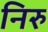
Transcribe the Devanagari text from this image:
निरु